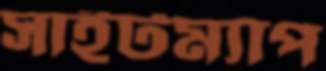
সাইটম্যাপ